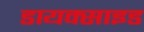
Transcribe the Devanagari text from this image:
डायक्साइड